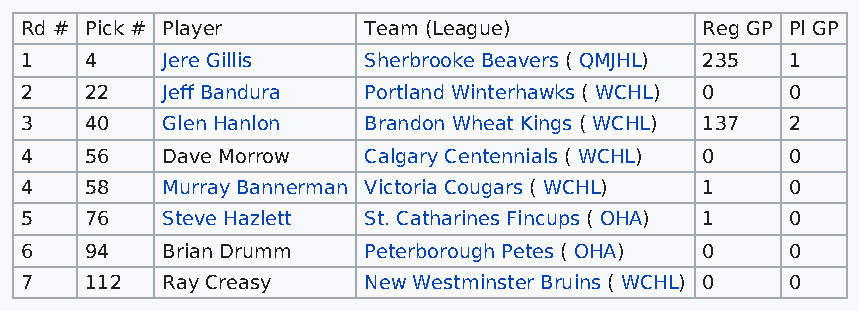
Rd # Pick # Player     Team (League)         Reg GP Pl GP
 1    4    Jere Gillis  Sherbrooke Beavers ( QMJHL) 235 1
 2    22   Jeff Bandura Portland Winterhawks ( WCHL) 0 0
 3    40   Glen Hanlon  Brandon Wheat Kings ( WCHL) 137 2
 4    56   Dave Morrow  Calgary Centennials ( WCHL) 0 0
 4    58   Murray Bannerman Victoria Cougars ( WCHL) 1 0
 5    76   Steve Hazlett St. Catharines Fincups ( OHA) 1 0
 6    94   Brian Drumm  Peterborough Petes ( OHA) 0 0
 7    112  Ray Creasy   New Westminster Bruins ( WCHL) 0 0